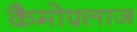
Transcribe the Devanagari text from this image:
कैमोफ़्लाज